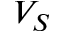
V _ { S }